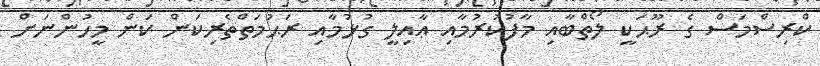
ކްރިސްމަސް ގެ ރޫޙަކީ ލޯތްބާއި މާފުކުރުމާއި ޢާއިލީ ގުޅުމާއި ރަޙުމަތްތެރިކަން ކަން މީހުންނަށް